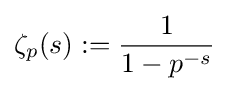
\zeta _{p}(s):={\frac {1}{1-p^{-s}}}